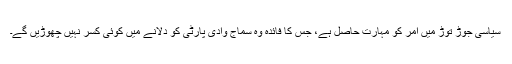
سیاسی جوڑ توڑ میں امر کو مہارت حاصل ہے، جس کا فائدہ وہ سماج وادی پارٹی کو دلانے میں کوئی کسر نہیں چھوڑیں گے۔